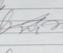
Signature authenticity: genuine